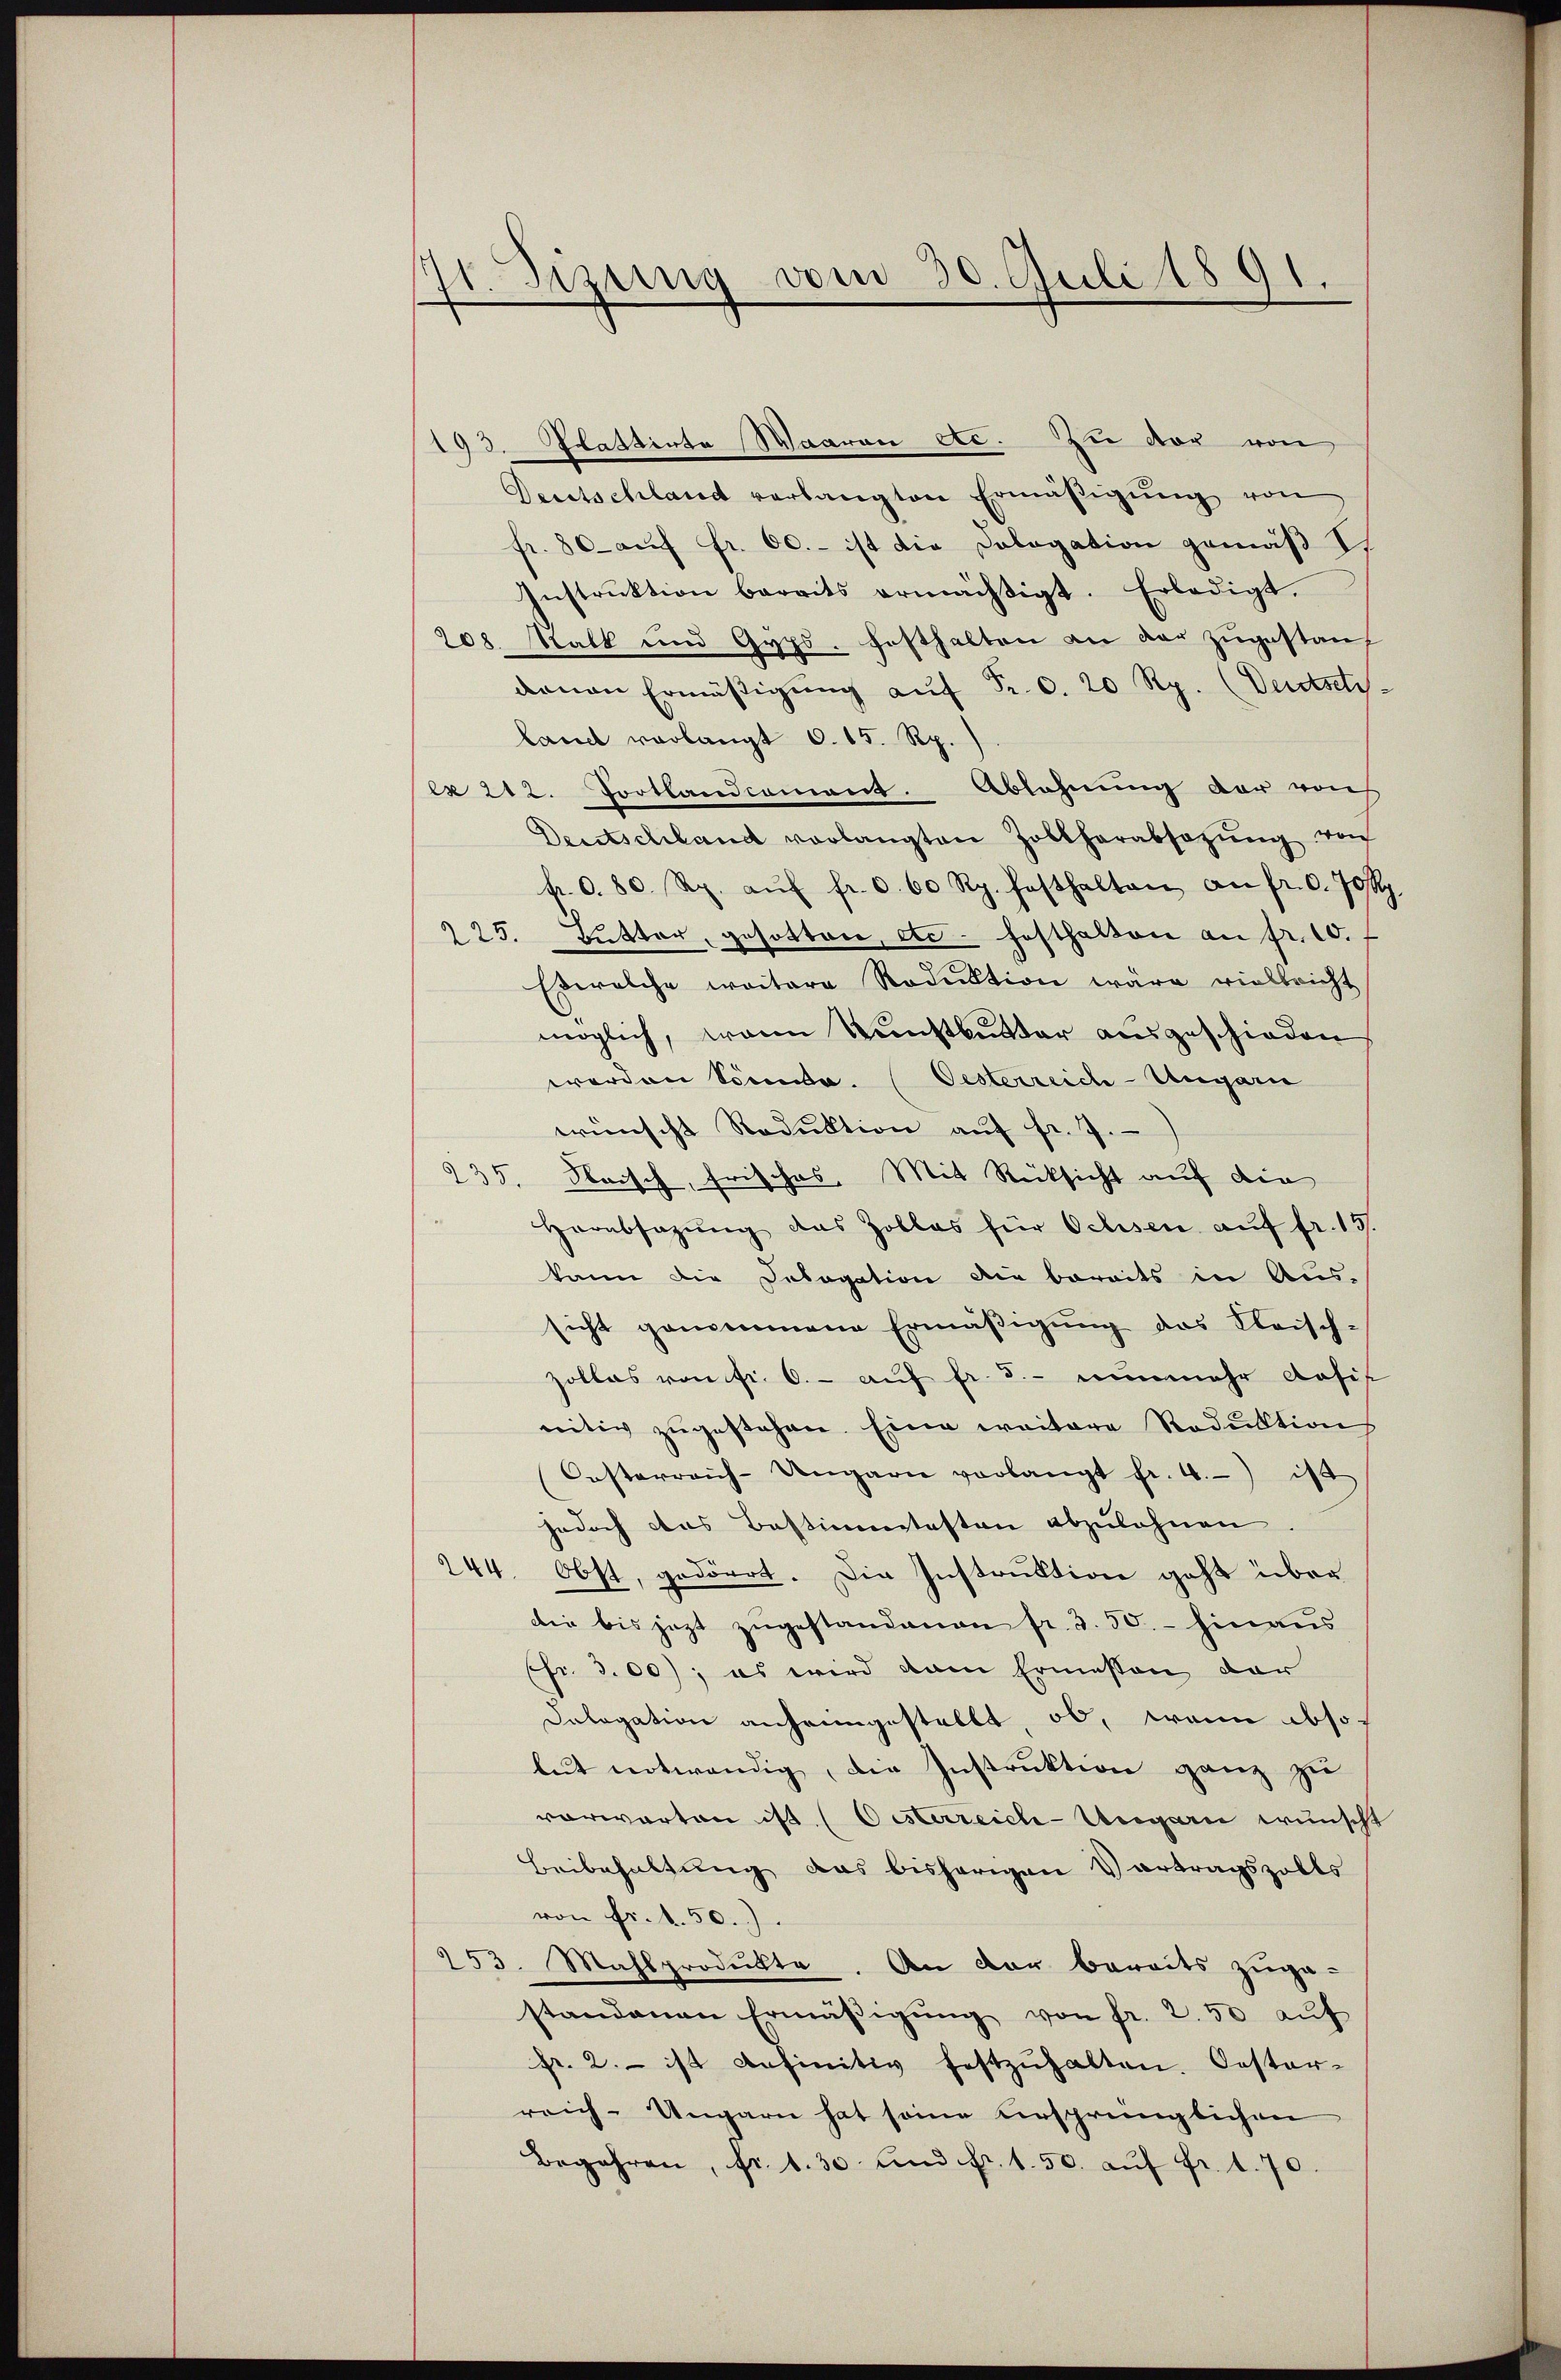
11. Sizung vom 30. Juli 1891.

193. Stattente Waaren etc. zu vor von
Deutschland verlangten Ermäβigŭng von
fr. 80 auf Fr. 60. - ist die Dologation gemäß I
Instrŭktion bereits ermächtigt. Erledigt.
208. Statt und Gyps. festhalten an der zŭgestanz
davon Ermäßigung aŭf Fr. 6. 20 Rp. (Dentsetz-
land verlangt 6. 15. Rp.)
ex 212. Portlandcoment. Ablehnung der von
Deutschland verlangten Zollherabsazung von
f. 0. 80. Rp. aŭf fr. 3. 60 Rp. festhalten an fr. 0. 70 Rp.
225. Butter, gesotten, etc. festhalten an fr. 10. f
Etwelche weitere Reduktion wäre vielbricht
möglich, wann Kunstburdar ausgeschieden
werden Sonnte. (Oesterreich-Ungarn
wünscht Reduktion auf fr. 7.
Fleisch, frisches. Mit Rücksicht auf die
235.
Herabsazŭng das Zollas für Ochsen aŭf fr. 15.
kann die Delegation die bereits in Aussicht genommene Ermäβigŭng des Fleisch-
zollas von fr. 6. - auf fr. 5.- nunmehr dasi
nitiv zugestehen. Eine weitere Reduktion
Orsterreich-Ungarn verlangt fr. 4.) ist
jedoch das Bestimmtesten abzulehnen
244. Obst, gedörrt. Die Instruktion geht über
die bis jezt zugestandenen fr. 3. 50. - hinaus
(fr. 3.00); es wird dann Ermessen der
Delegation anheimgestellt ob, wenn absolut notwendig, die Instruktion ganz zu
vorwarten ist (Oesterreich-Ungarn wünscht
Beibehaltung das bisherigen Vortragszolls
von fr. 4. 50.).
253. Mahlprodukte. An der bereits zuge-
standenen Ermäβigŭng von fr. 2.50 aŭf
fr. 2. ist definitiv festzŭhalten. Oester-
reich-Ungarn hat seine ursprünglichen
Begehren, fr. 1. 30 und fr. 1.50. aŭf fr. 1. 70.